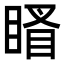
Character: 䁊